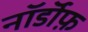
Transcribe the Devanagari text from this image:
नॉर्डॉफ़